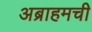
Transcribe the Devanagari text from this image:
अब्राहमची